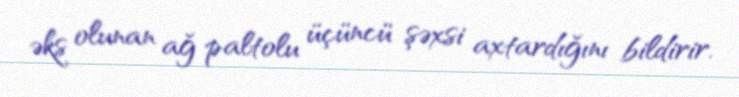
əks olunan ağ paltolu üçüncü şəxsi axtardığını bildirir.